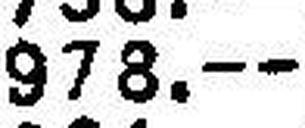
978.—